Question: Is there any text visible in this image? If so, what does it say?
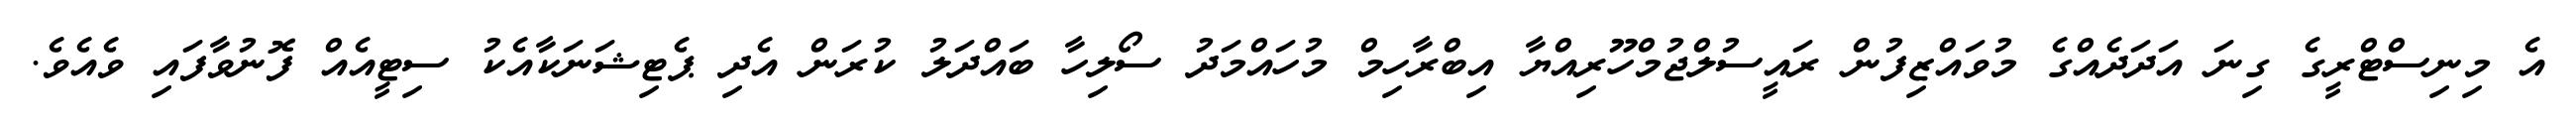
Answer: އެ މިނިސްޓްރީގެ ގިނަ އަދަދެއްގެ މުވައްޒިފުން ރައީސުލްޖުމްހޫރިއްޔާ އިބްރާހިމް މުހައްމަދު ސޯލިހާ ބައްދަލު ކުރަން އެދި ޕެޓިޝަނަކާއެކު ސިޓީއެއް ފޮނުވާފައި ވެއެވެ.